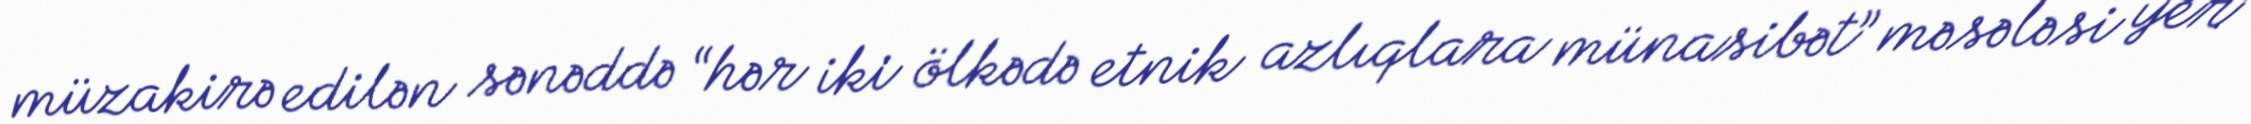
müzakirə edilən sənəddə “hər iki ölkədə etnik azlıqlara münasibət” məsələsi yer